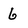
Character: 6